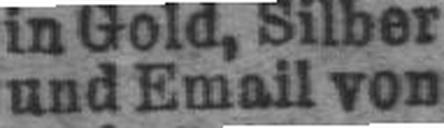
und Email von